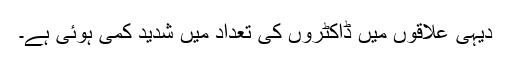
دیہی علاقوں میں ڈاکٹروں کی تعداد میں شدید کمی ہوئی ہے۔